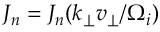
J _ { n } = J _ { n } ( k _ { \perp } v _ { \perp } / \Omega _ { i } )